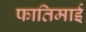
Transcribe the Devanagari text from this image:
फातिमाई